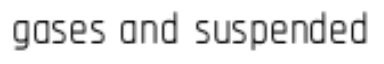
gases and suspended